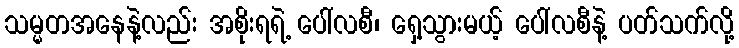
သမ္မတအနေနဲ့လည်း အစိုးရရဲ့ ပေါ်လစီ၊ ရှေ့သွားမယ့် ပေါ်လစီနဲ့ ပတ်သက်လို့